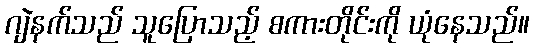
ဂျဲနက်သည် သူပြောသည့် စကားတိုင်းကို ယုံနေသည်။